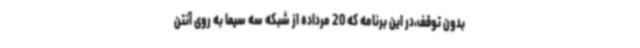
بدون توقف،در این برنامه که 20 مرداده از شبکه سه سیما به روی آنتن